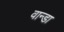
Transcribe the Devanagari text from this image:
वान्डा